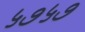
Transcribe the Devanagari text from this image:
५७५७